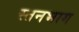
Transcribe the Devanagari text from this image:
स्तनभाग